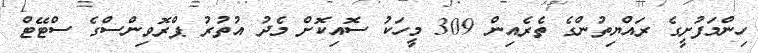
ހިންމަފުށީގެ ރައްޔިތުންގެ ތެރެއިން 309 މީހަކު ސޮއިކޮށް މެދު އުތުރު ޕްރޮވިންސްގެ ސްޓޭޓް